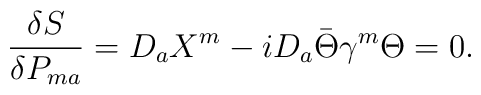
{\delta S\over{\delta P_{ma}}}=D_{a}X^m-iD_{a}\bar\Theta\gamma^m\Theta=0.